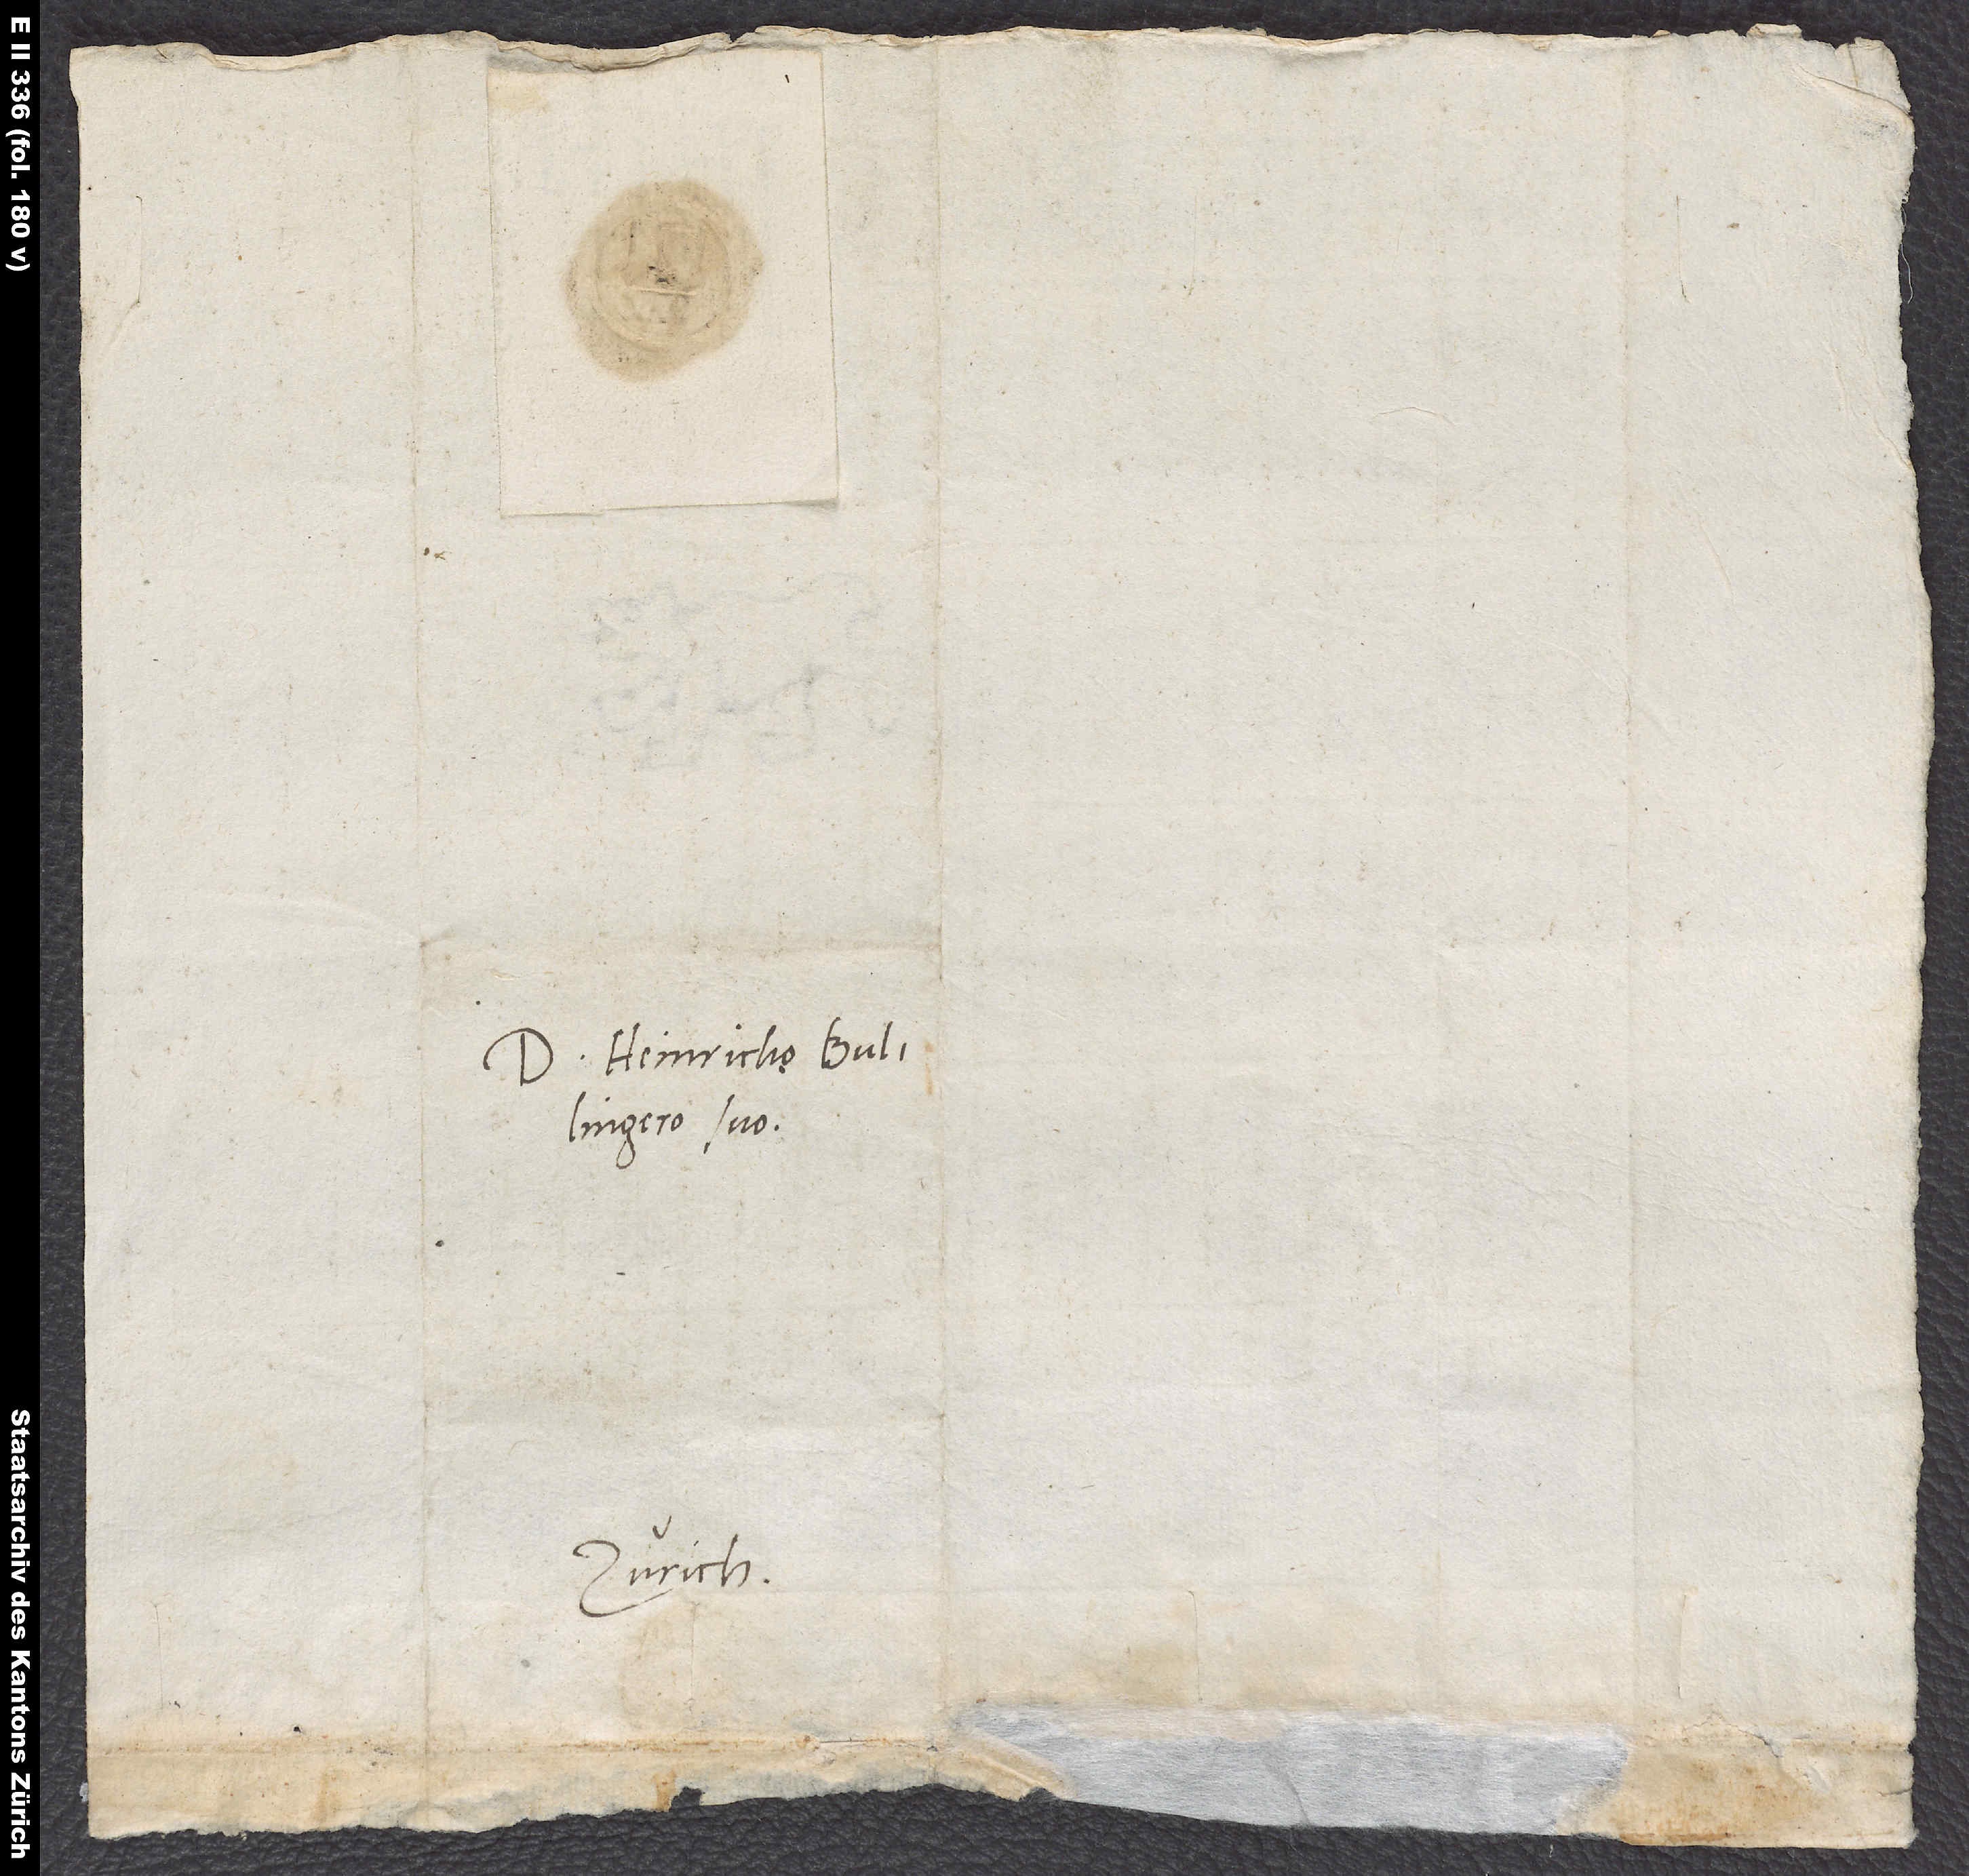
Domino Heinricho Bullingero
Zürich.